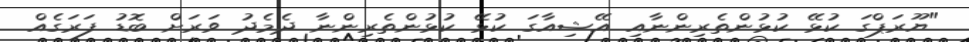
"ޔޫރަޕްގަ ކުޅޭ ކުޅުންތެރިންނާއި އޭޝިއާގަ ކުޅޭ ކުޅުންތެރިންނާ ދެމެދު ވަރަށް ބޮޑު ފަރަގެއް